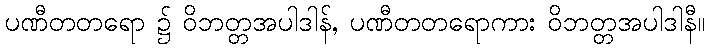
ပဏီတတရော ၌ ဝိဘတ္တအပါဒါန်, ပဏီတတရောကား ဝိဘတ္တအပါဒါနီ။